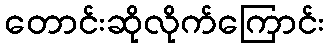
တောင်းဆိုလိုက်ကြောင်း